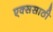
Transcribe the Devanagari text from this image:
एक्ससाठी